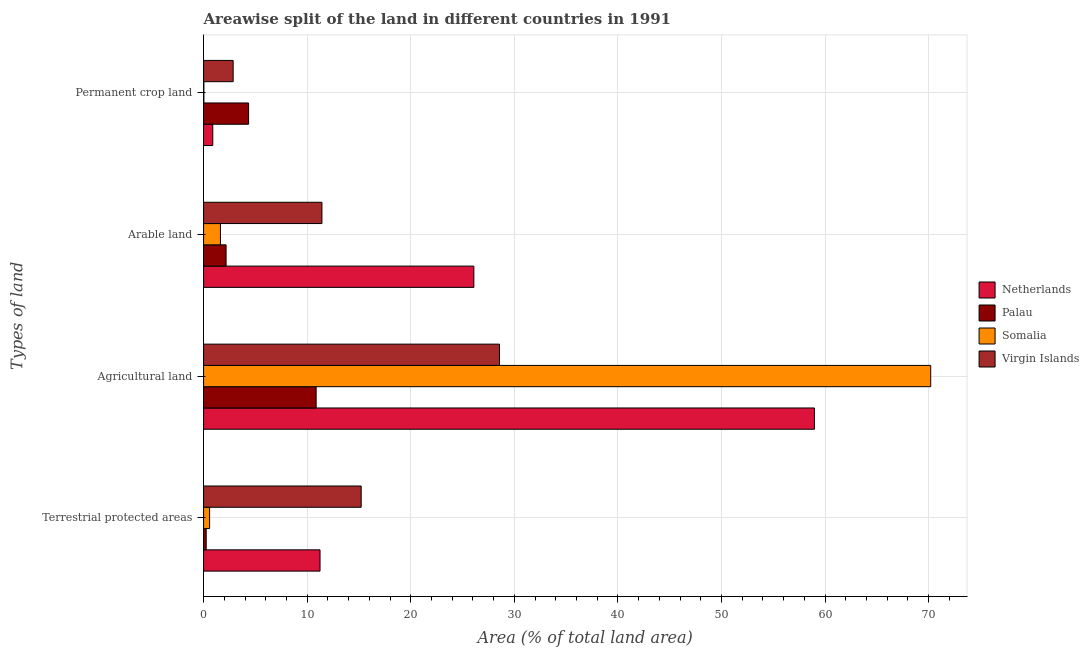
| Types of land | Netherlands | Palau | Somalia | Virgin Islands |
 | --- | --- | --- | --- | --- |
 | Terrestrial protected areas | 11.2 | 0.254 | 0.584 | 15.2 |
 | Agricultural land | 59 | 10.9 | 70.2 | 28.6 |
 | Arable land | 26.1 | 2.17 | 1.63 | 11.4 |
 | Permanent crop land | 0.889 | 4.35 | 0.0319 | 2.86 |